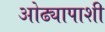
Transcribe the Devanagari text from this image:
ओढ्यापाशी